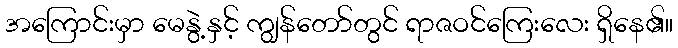
အကြောင်းမှာ မေနွဲ့နှင့် ကျွန်တော်တွင် ရာဇဝင်ကြေးလေး ရှိနေ၏။